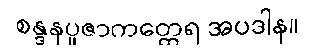
စန္ဒနပူဇာကတ္ထေရ အပဒါန။